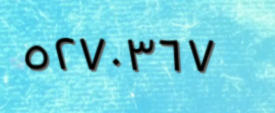
٥٢٧٠٣٦٧